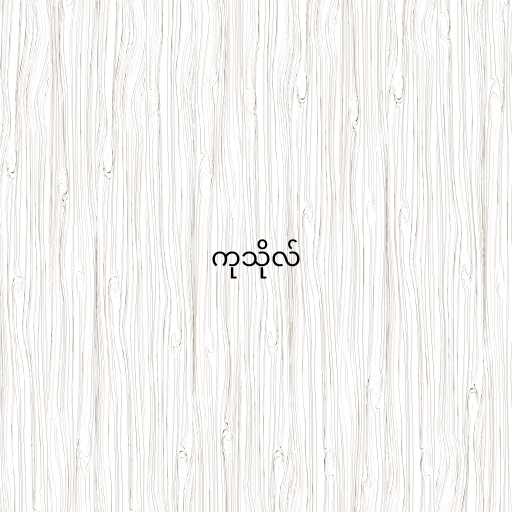
ကုသိုလ်